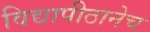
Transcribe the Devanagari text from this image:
विद्यापीठानेच